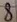
Text: 8